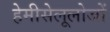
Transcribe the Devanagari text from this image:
हेमीसेलूलोजों